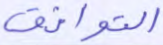
التوافق